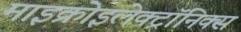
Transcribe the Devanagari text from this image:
माइक्रोइलेक्ट्रॉनिक्स